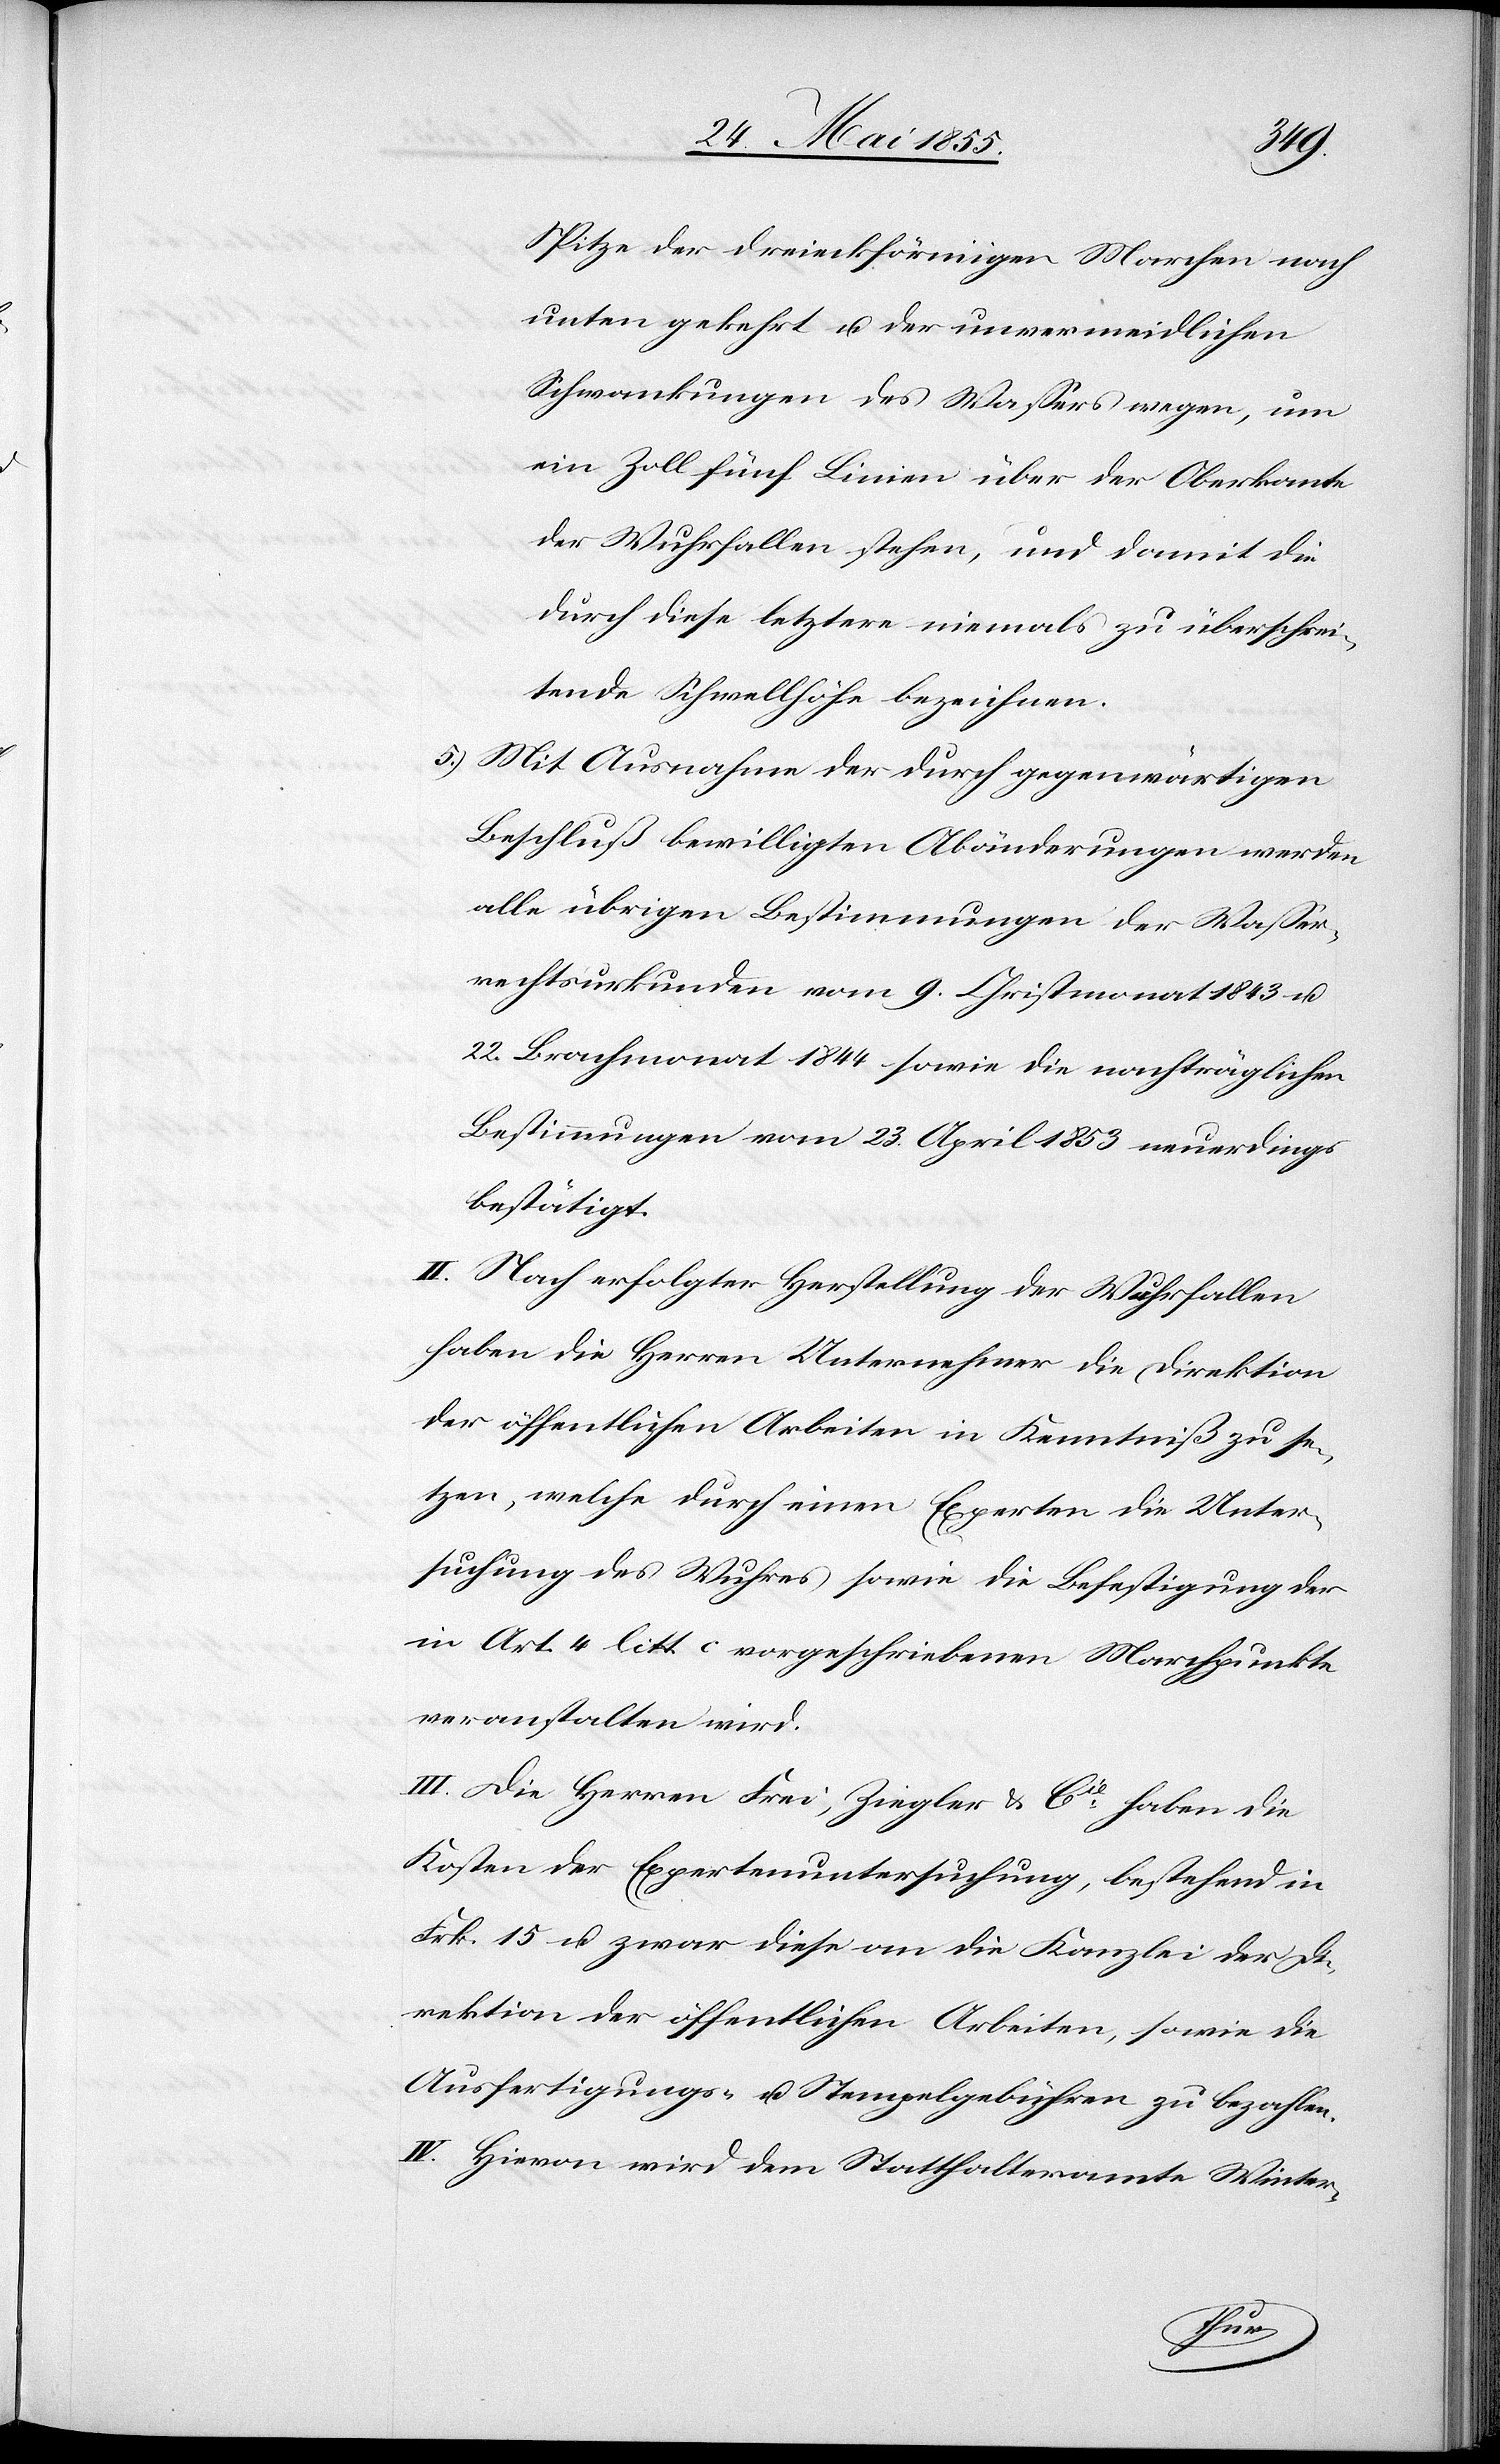
Spitze der dreieckförmigen Marchen nach
unten gekehrt u. der unvermeidlichen
Schwankungen des Wassers wegen, um
ein Zoll fünf Linien über der Oberkante
der Wuhrfallen stehen, und damit die
durch diese letztere niemals zu überschrei¬
tende Schwellhöhe bezeichnen.
Mit Ausnahme der durch gegenwärtigen
Beschluß bewilligten Abänderungen werden
alle übrigen Bestimmungen der Wasser¬
rechtsurkunden vom 9. Christmonat 1843 u.
22. Brachmonat 1844 sowie die nachträglichen
Bestimmungen vom 23. April 1853 neuerdings
bestätigt.
II. Nach erfolgter Herstellung der Wuhrfallen
haben die Herren Unternehmer die Direktion
der öffentlichen Arbeiten in Kenntniß zu se¬
tzen, welche durch einen Experten die Unter¬
suchung des Wuhres sowie die Befestigung der
in Art. 4 litt. c vorgeschriebenen Marchpunkte
veranstalten wird.
III. Die Herren Frei, Ziegler & Cie haben die
Kosten der Expertenuntersuchung, bestehend in
Frk. 15 u. zwar diese an die Kanzlei der Di¬
rektion der öffentlichen Arbeiten, sowie die
Ausfertigungs- u. Stempelgebühren zu bezahlen.
IV. Hievon wird dem Statthalteramte Winter-